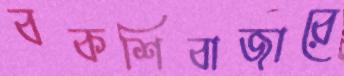
বকশিবাজারে